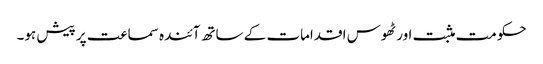
حکومت مثبت اور ٹھوس اقدامات کے ساتھ آئندہ سماعت پر پیش ہو۔